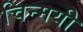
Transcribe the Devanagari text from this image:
चिन्मयी